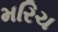
મરિચ